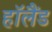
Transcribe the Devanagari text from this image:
हाॅलैंड